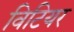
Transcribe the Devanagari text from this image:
विटियर